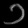
Digit: ၁